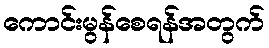
ကောင်းမွန်စေရန်အတွက်